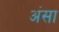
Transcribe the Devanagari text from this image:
अंसा